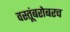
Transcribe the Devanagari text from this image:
वस्तूंबरोबरच